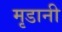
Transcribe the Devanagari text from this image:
मृडानी